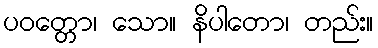
ပဝတ္တော၊ သော။ နိပါတော၊ တည်း။